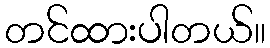
တင်ထားပါတယ်။